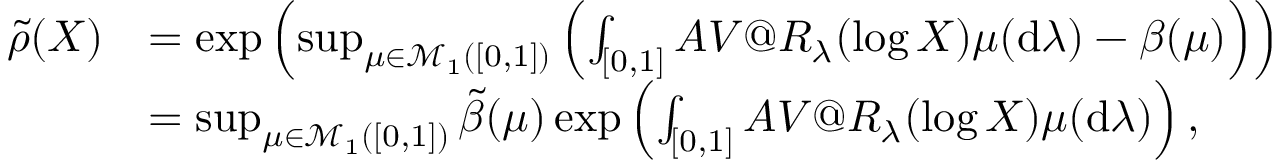
\begin{array} { r l } { \tilde { \rho } ( X ) } & { = \exp \left( \operatorname* { s u p } _ { \mu \in \mathcal { M } _ { 1 } ( [ 0 , 1 ] ) } \left( \int _ { [ 0 , 1 ] } A V @ R _ { \lambda } ( \log X ) \mu ( \mathrm { d } \lambda ) - \beta ( \mu ) \right) \right) } \\ & { = \operatorname* { s u p } _ { \mu \in \mathcal { M } _ { 1 } ( [ 0 , 1 ] ) } \tilde { \beta } ( \mu ) \exp \left( \int _ { [ 0 , 1 ] } A V @ R _ { \lambda } ( \log X ) \mu ( \mathrm { d } \lambda ) \right) , } \end{array}